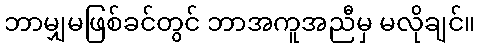
ဘာမျှမဖြစ်ခင်တွင် ဘာအကူအညီမှ မလိုချင်။